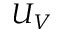
U _ { V }